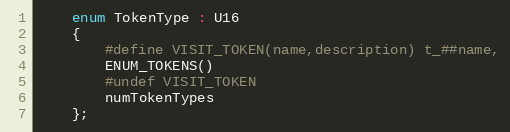
Language: C
	enum TokenType : U16
	{
		#define VISIT_TOKEN(name,description) t_##name,
		ENUM_TOKENS()
		#undef VISIT_TOKEN
		numTokenTypes
	};